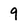
Character: 9